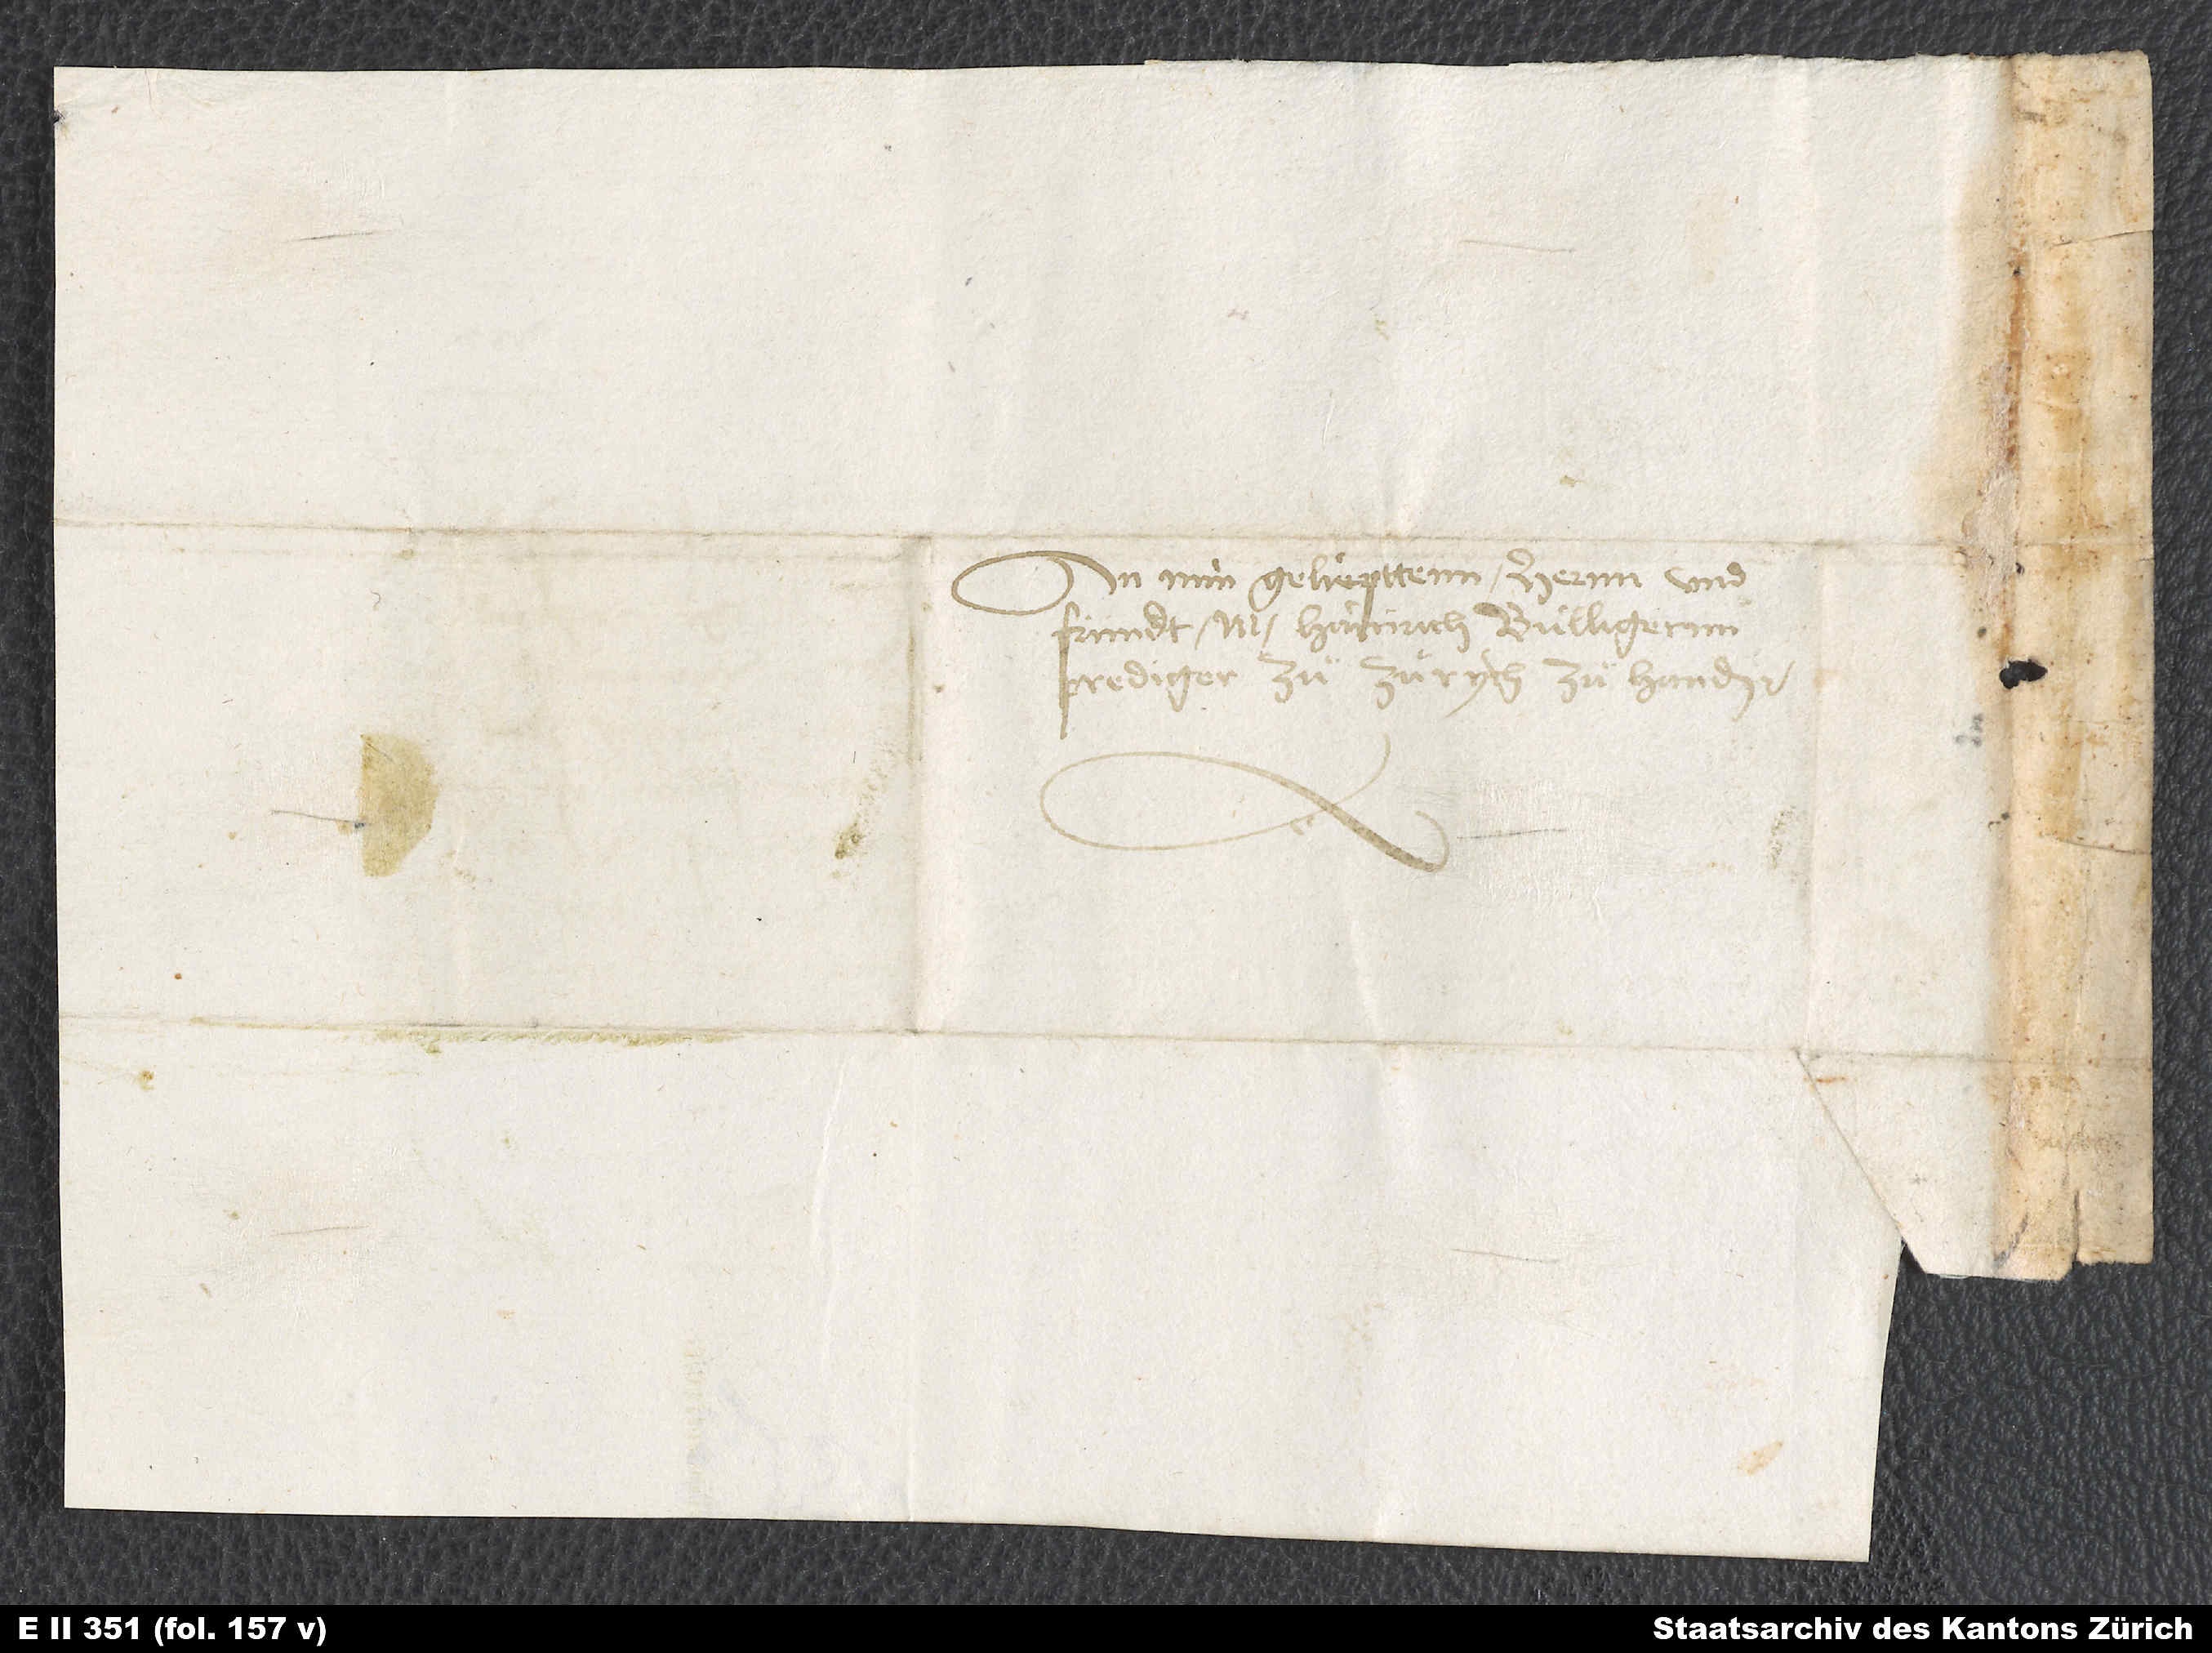
An min geliepttenn hernn und
frundt M. Hainrich Bullingernn,
prediger zuͦ Zürych, zuͦ handen.